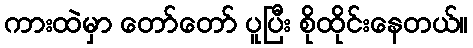
ကားထဲမှာ တော်တော် ပူပြီး စိုထိုင်းနေတယ်။